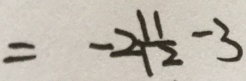
= - 2 \frac { 1 1 } { 1 2 } - 3